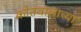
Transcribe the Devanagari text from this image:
कोतवालाच्या